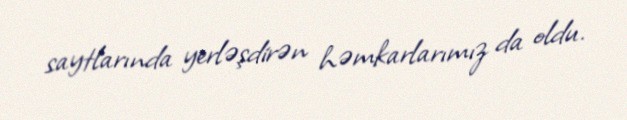
saytlarında yerləşdirən həmkarlarımız da oldu.